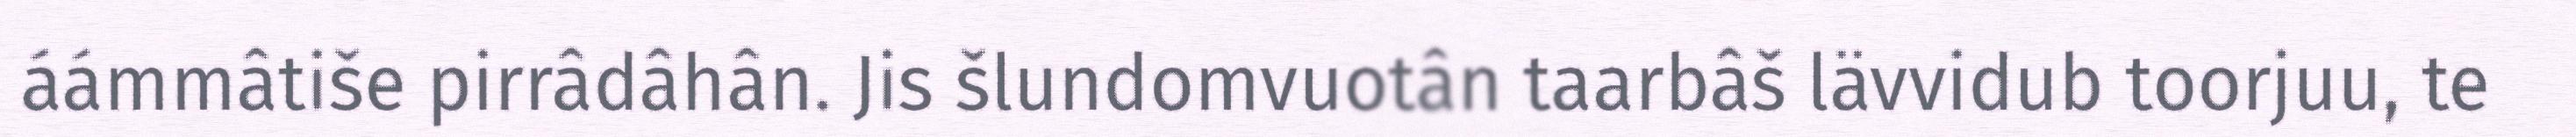
áámmâtiše pirrâdâhân. Jis šlundomvuotân taarbâš lävvidub toorjuu, te